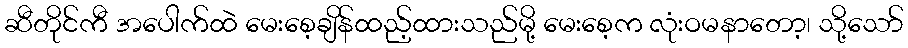
ဆီတိုင်ကီ အပေါက်ထဲ မေးစေ့ချိန်ထည့်ထားသည်မို့ မေးစေ့က လုံးဝမနာတော့၊ သို့သော်